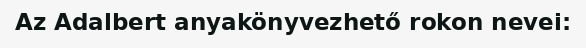
Az Adalbert anyakönyvezhető rokon nevei: